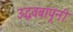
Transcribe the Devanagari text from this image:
उद्धवबापूंनी